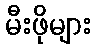
မီးဖိုများ